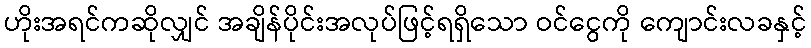
ဟိုးအရင်ကဆိုလျှင် အချိန်ပိုင်းအလုပ်ဖြင့်ရရှိသော ဝင်ငွေကို ကျောင်းလခနှင့်